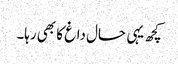
کچھ یہی حال داغ کا بھی رہا۔